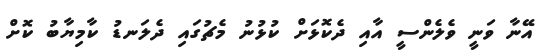
އޭނާ ވަނީ ވެލެންސީ އާއި ދެކޮޅަށް ކުޅުނު މެޗުގައި ދެލަނޑު ކާމިޔާބު ކޮށް